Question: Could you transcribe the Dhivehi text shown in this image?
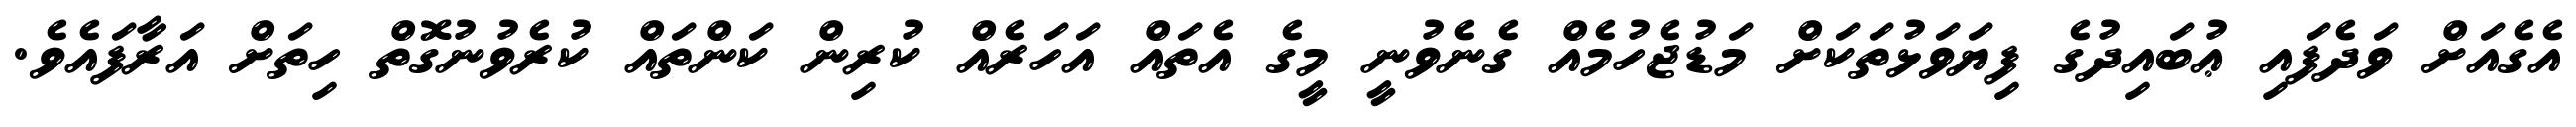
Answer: އެގެއަށް ވަދެފައި ޢުބައިދުގެ ފިޔަވަޅުތަކަށް މަޑުޖެހުމެއް ގެނެވުނީ މީގެ އެތައް އަހަރެއް ކުރިން ކަންތައް ކުރެވުނުގޮތް ހިތަށް އަރާފައެވެ.